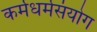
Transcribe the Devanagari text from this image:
कर्मधर्मसंयोग